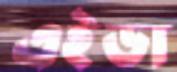
এইডা